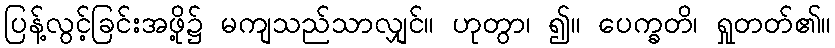
ပြန့်လွင့်ခြင်းအဖို့၌ မကျသည်သာလျှင်။ ဟုတွာ၊ ၍။ ပေက္ခတိ၊ ရှုတတ်၏။